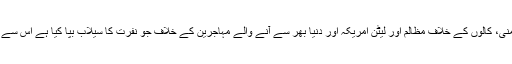
جس طرح ٹرمپ نے ان چار سالوں میں گوری نسل پرستی، اسلام دشمنی، کالوں کے خلاف مظالم اور لیٹن امریکہ اور دنیا بھر سے آنے والے مہاجرین کے خلاف جو نفرت کا سیلاب بپا کیا ہے اس سے ان تمام نسل پرستی کے خالف گروہوں میں ایک اتحاد پیدا ہو چکا ہے۔